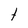
Character: t